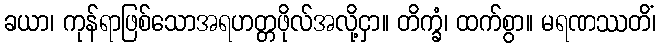
ခယာ၊ ကုန်ရာဖြစ်သောအရဟတ္တဖိုလ်အလို့ငှာ။ တိက္ခံ၊ ထက်စွာ။ မရဏဿတိံ၊